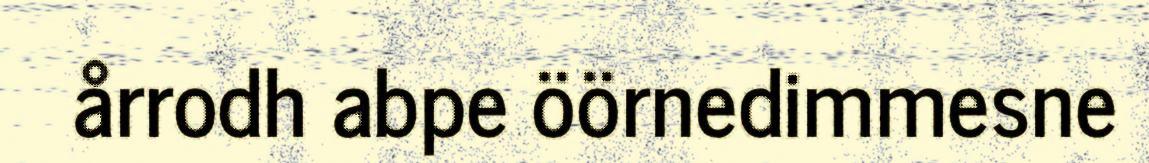
årrodh abpe öörnedimmesne